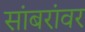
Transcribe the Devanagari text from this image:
सांबरांवर